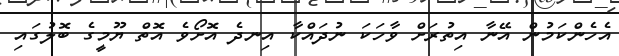
އެހެންކަމުން އޭނާ އިތުރަށް ވާހަކަ ނުދައްކާ އިނދެ އޮށޯވެ އޮތް ޔޫމީގެ ބޮލުގައި